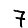
Digit: 7